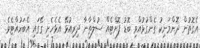
އެގޮތުން ދޮންމަނިކު ގެންގުޅުއްވި ބޮޑު ފޮށްޓެއް ސުލްތާނާ ދިރިއުޅޭ އެޅެހެށި ގޭގައި އެބަހުއްޓެވެ.